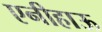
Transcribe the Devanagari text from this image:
एनीहाऊ